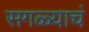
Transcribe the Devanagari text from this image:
सगळ्याचं